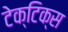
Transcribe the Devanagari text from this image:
टेक्टिक्स